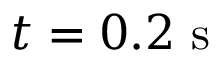
t = 0 . 2 ~ \mathrm { s }